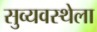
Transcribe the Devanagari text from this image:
सुव्यवस्थेला